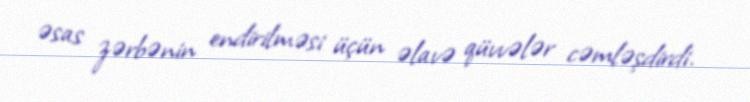
əsas zərbənin endirilməsi üçün əlavə qüvvələr cəmləşdirdi.